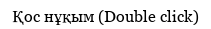
Қос нұқым (Double click)